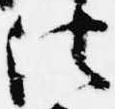
法